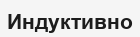
Индуктивно